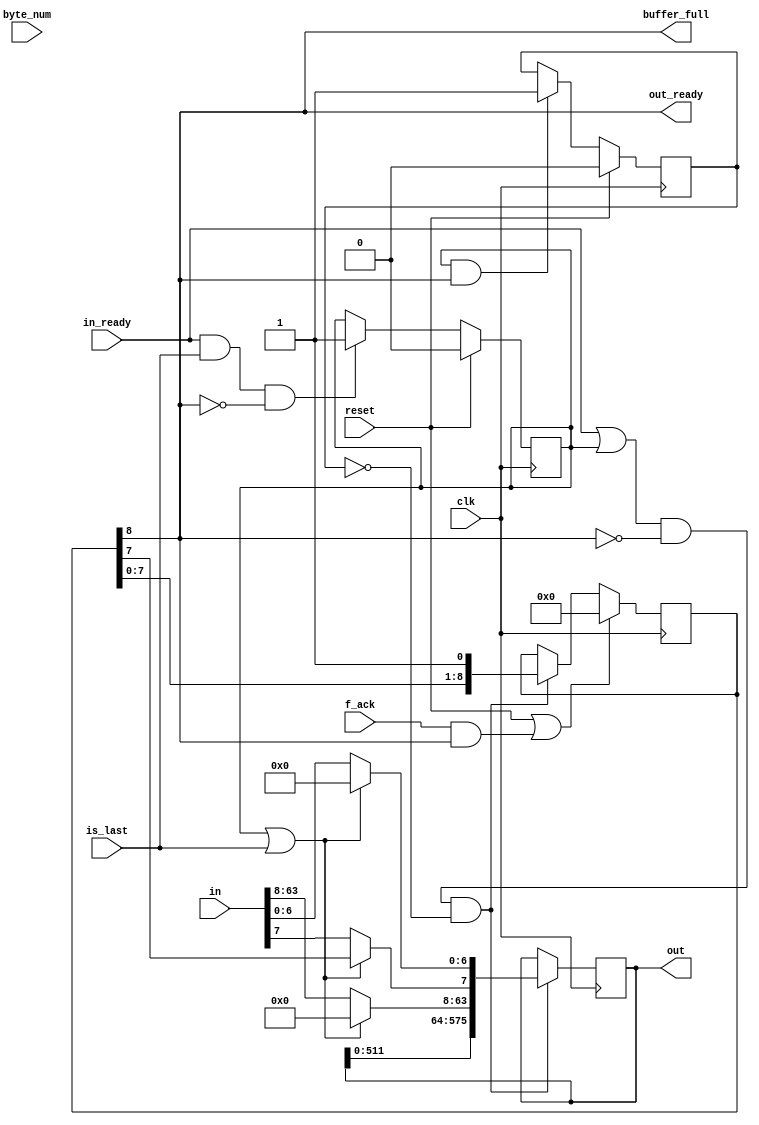
module padder(clk, reset, in, in_ready, is_last, byte_num, buffer_full, out, out_ready, f_ack);

	parameter	f = 1600;
	parameter	c = 1024;
	
	localparam	r = f - c;
	localparam	c2 = c / 2;
	
	parameter	IW = 64;
	localparam	ChunkInFIn = r / IW;

    input              clk, reset;
    input      [IW-1:0]  in;
    input              in_ready, is_last;
    input      [3:0]   byte_num;
    output             buffer_full; /* to "user" module */
    output reg [r-1:0] out;         /* to "f_permutation" module */
    output             out_ready;   /* to "f_permutation" module */
    input              f_ack;       /* from "f_permutation" module */
    
    reg                state;       /* state == 0: user will send more input data
                                     * state == 1: user will not send any data */
    reg                done;        /* == 1: out_ready should be 0 */
    reg        [ChunkInFIn-1:0]   i;           /* length of "out" buffer */
    wire       [IW-1:0]  v0;          /* output of module "padder1" */
    reg        [IW-1:0]  v1;          /* to be shifted into register "out" */
    wire               update;      
    
    assign buffer_full = i[ChunkInFIn-1];
    assign out_ready = buffer_full;
	assign	update =  (in_ready | state) & (~ buffer_full) & (~ done);

    always @ (posedge clk)
	if (update)
		out <= {out[r-1-IW:0], v1};

    always @ (posedge clk)
		if (reset || (f_ack && out_ready))
			i <= {ChunkInFIn{1'b0}};
		else if (update) 
			i <= {i[ChunkInFIn-2:0], 1'b1};
			
    always @ (posedge clk)
		if (reset)
			state <= 0;
		else if (in_ready && is_last && !buffer_full)
			state <= 1;

    always @ (posedge clk)
		if (reset)
			done <= 0;
		else if (state & out_ready)
			done <= 1;

	localparam	USE_10Pad = 0;
	generate if (USE_10Pad)	begin:TENP
		padder1 #(IW) 
			p0 (in, byte_num, v0);
    end else begin:TENPASS
		assign	v0 = {IW{1'b0}};
	end endgenerate
	
	
    always @ (*)  
		if (state || is_last)	begin	
			v1 = state ? {IW{1'b0}} : v0;
			v1[7] = v1[7] | i[ChunkInFIn-2]; /* "v1[7]" is the MSB of its last byte */
		end
		else	
			v1 = in;
				
endmodule